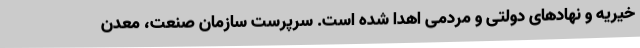
خیریه و نهادهای دولتی و مردمی اهدا شده است. سرپرست سازمان صنعت، معدن